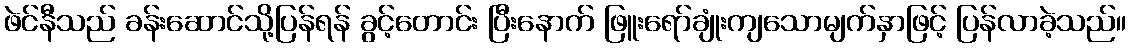
ဖဲင်နီသည် ခန်းဆောင်သို့ပြန်ရန် ခွင့်တောင်း ပြီးနောက် ဖြူးရော်ချုံးကျသောမျက်နှာဖြင့် ပြန်လာခဲ့သည်။